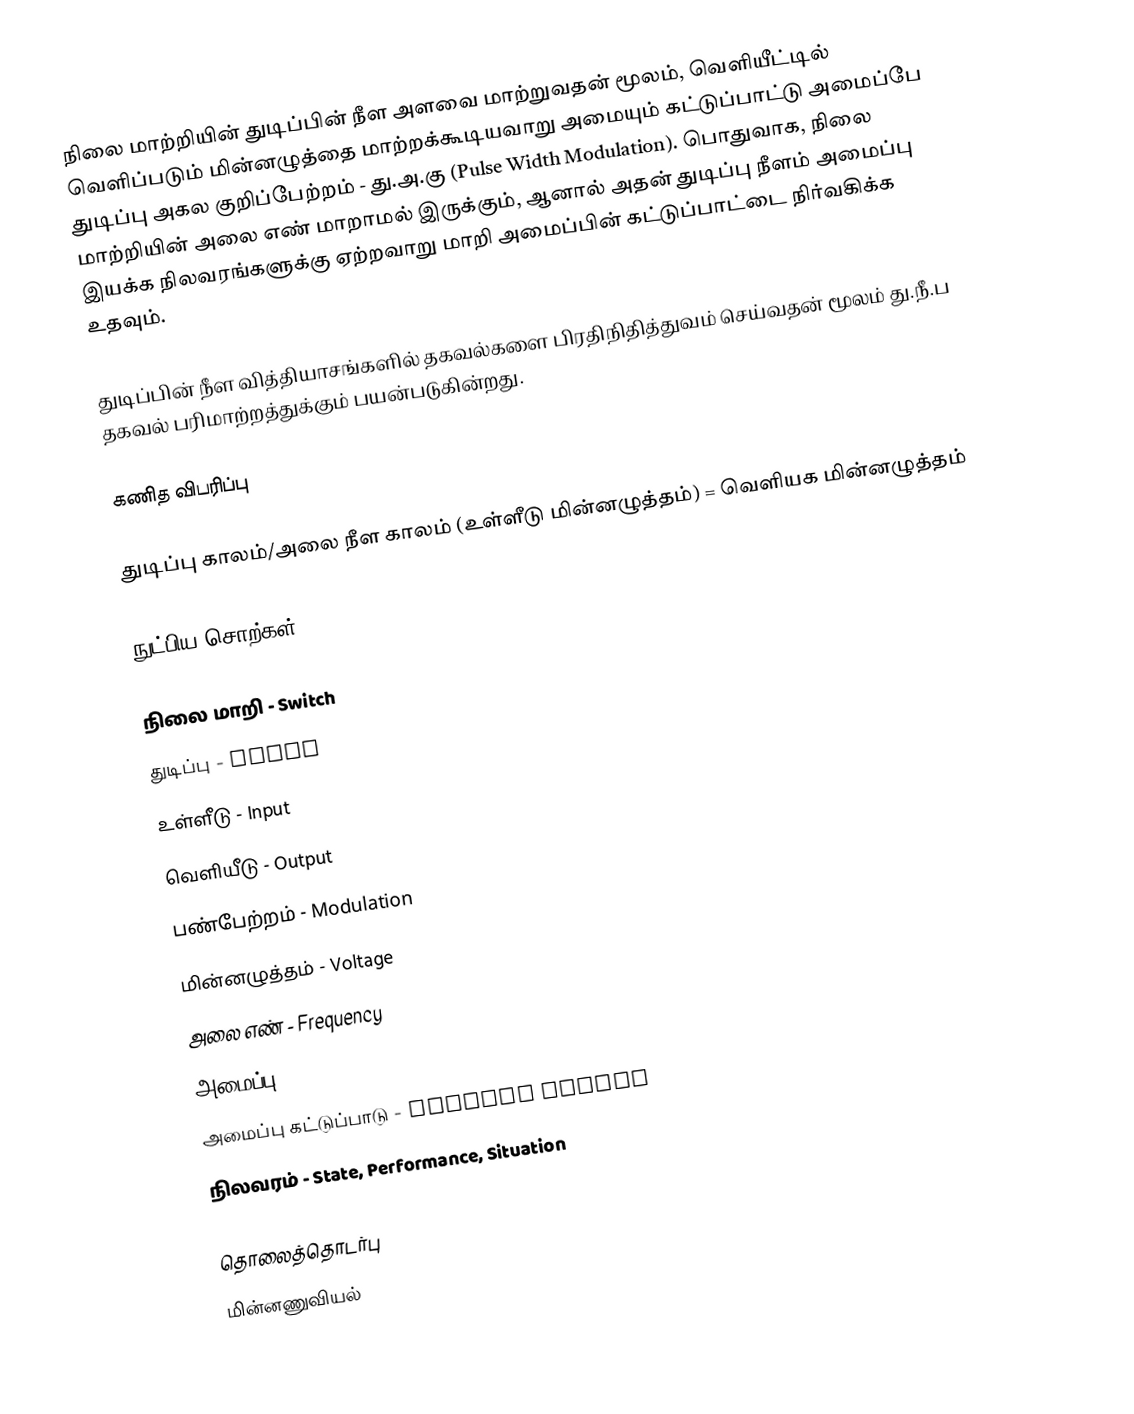
நிலை மாற்றியின் துடிப்பின் நீள அளவை மாற்றுவதன் மூலம், வெளியீட்டில் வெளிப்படும் மின்னழுத்தை மாற்றக்கூடியவாறு அமையும் கட்டுப்பாட்டு அமைப்பே துடிப்பு அகல குறிப்பேற்றம் - து.அ.கு (Pulse Width Modulation). பொதுவாக, நிலை மாற்றியின் அலை எண் மாறாமல் இருக்கும், ஆனால் அதன் துடிப்பு நீளம் அமைப்பு இயக்க நிலவரங்களுக்கு ஏற்றவாறு மாறி அமைப்பின் கட்டுப்பாட்டை நிர்வகிக்க உதவும்.

துடிப்பின் நீள வித்தியாசங்களில் தகவல்களை பிரதிநிதித்துவம் செய்வதன் மூலம் து.நீ.ப தகவல் பரிமாற்றத்துக்கும் பயன்படுகின்றது.

கணித விபரிப்பு

 துடிப்பு காலம்/அலை நீள காலம் (உள்ளீடு மின்னழுத்தம்) = வெளியக மின்னழுத்தம்

நுட்பிய சொற்கள்

 நிலை மாறி - Switch
 துடிப்பு - Pulse
 உள்ளீடு - Input
 வெளியீடு - Output
 பண்பேற்றம் - Modulation
 மின்னழுத்தம் - Voltage
 அலை எண் - Frequency
 அமைப்பு - System
 அமைப்பு கட்டுப்பாடு - Control System
 நிலவரம் - State, Performance, Situation

தொலைத்தொடர்பு
மின்னணுவியல்